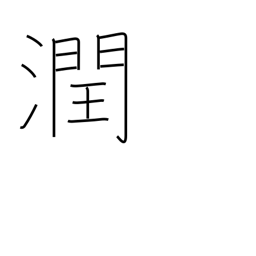
Meaning: be watered